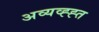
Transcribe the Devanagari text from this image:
अव्यव्ह्ह्त